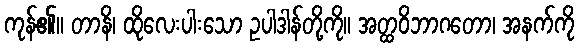
ကုန်၏။ တာနိ၊ ထိုလေးပါးသော ဥပါဒါန်တို့ကို။ အတ္ထဝိဘာဂတော၊ အနက်ကို